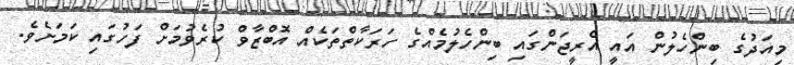
މިއަދުގެ ބިންހެލުން އައީ އެރީޖަންގައި ބިންހެލުމެއްގެ ހަރަކާތްތަކެއް އޮބްޒާވް ކުރެވުމަށް ފަހުގައި ކަމަށެވެ.